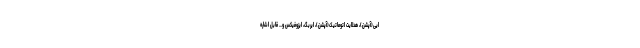
ایی(آپشن)، هدلایت اتوماتیک(آپشن)، ایربگ، ایزوفیکس و... قابل اشاره